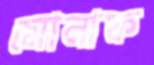
মোনাফ